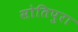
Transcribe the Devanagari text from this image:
सोतिपुरा